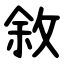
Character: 敘